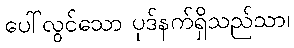
ပေါ်လွင်သော ပုဒ်နက်ရှိသည်သာ၊